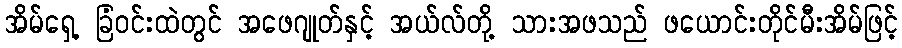
အိမ်ရှေ့ ခြံဝင်းထဲတွင် အဖေဂျုတ်နှင့် အယ်လ်တို့ သားအဖသည် ဖယောင်းတိုင်မီးအိမ်ဖြင့်